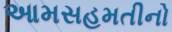
આમસહમતીનો